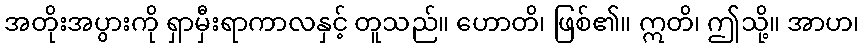
အတိုးအပွားကို ရှာမှီးရာကာလနှင့် တူသည်။ ဟောတိ၊ ဖြစ်၏။ ဣတိ၊ ဤသို့။ အာဟ၊